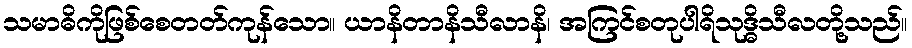
သမာဓိကိုဖြစ်စေတတ်ကုန်သော။ ယာနိတာနိသီလာနိ၊ အကြင်စတုပါရိသုဒ္ဓိသီလတို့သည်။